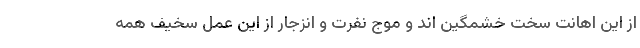
از این اهانت سخت خشمگین اند و موج نفرت و انزجار از این عمل سخیف همه